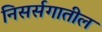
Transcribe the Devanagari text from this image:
निसर्सगातील